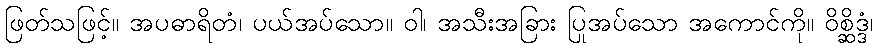
ဖြတ်သဖြင့်။ အပဓာရိတံ၊ ပယ်အပ်သော။ ဝါ၊ အသီးအခြား ပြုအပ်သော အကောင်ကို။ ဝိစ္ဆိဒ္ဒံ၊